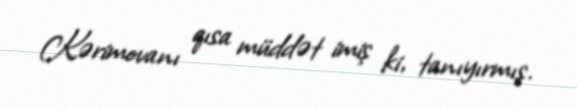
Kərimovanı qısa müddət imiş ki, tanıyırmış.